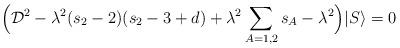
LaTeX: \begin{align*}\Big ({\cal D}^2-\lambda^2(s_2-2)(s_2-3+d)+\lambda^2\sum_{A=1,2}s_A-\lambda^2 \Big ) |S\rangle=0\,\end{align*}